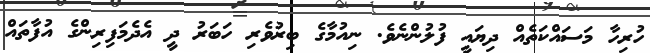
ހުރިހާ މަސައްކަތެއް ދިޔައީ ފުލުންނެވެ. ނިއުމާގެ ބިރުވެރި ހަބަރު ދީ އެދެމަފިރިންގެ އުފާތައް